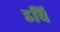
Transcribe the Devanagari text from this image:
डचि